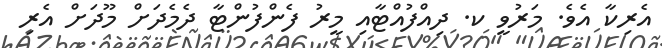
އެރިކާ އެވެ. މަރުވީ ކ. ދިއްފުއްޓާއި މީރު ފެންފުންޓާ ދެމެދަށް މޫދަށް އެރި